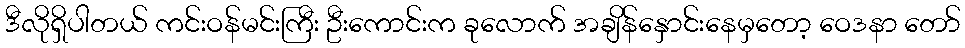
ဒီလိုရှိပါတယ် ကင်းဝန်မင်းကြီး ဦးကောင်းက ခုလောက် အချိန်နှောင်းနေမှတော့ ဝေဒနာ တော်